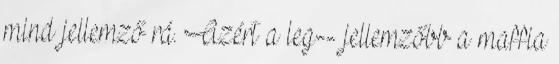
mind jellemző rá. Azért a leg-- jellemzőbb a maffia